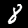
Label: 8